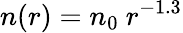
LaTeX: n(r)=n_{0}\ r^{-1.3}